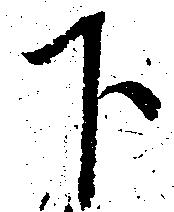
下